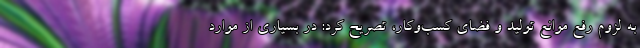
به لزوم رفع موانع تولید و فضای کسب‌وکار، تصریح کرد: در بسیاری از موارد